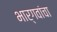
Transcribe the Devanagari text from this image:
भार्गवांचा